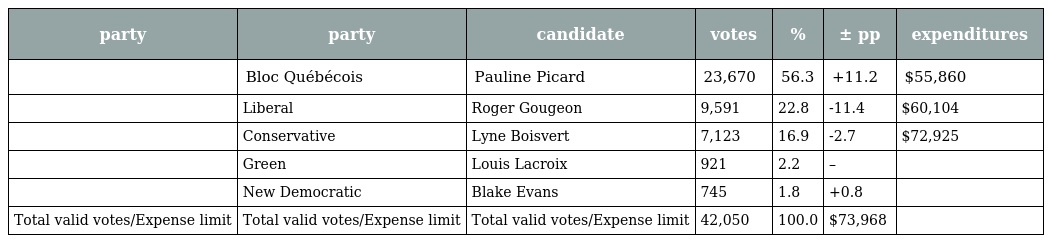
| party | party | candidate | votes | % | ± pp | expenditures |
 | --- | --- | --- | --- | --- | --- | --- |
 |  | Bloc Québécois | Pauline Picard | 23,670 | 56.3 | +11.2 | $55,860 |
 |  | Liberal | Roger Gougeon | 9,591 | 22.8 | -11.4 | $60,104 |
 |  | Conservative | Lyne Boisvert | 7,123 | 16.9 | -2.7 | $72,925 |
 |  | Green | Louis Lacroix | 921 | 2.2 | – |  |
 |  | New Democratic | Blake Evans | 745 | 1.8 | +0.8 |  |
 | Total valid votes/Expense limit | Total valid votes/Expense limit | Total valid votes/Expense limit | 42,050 | 100.0 | $73,968 |  |